65_HS1-834228961_62-HQ-83894_Section_6
Agency: FBI
Page 170
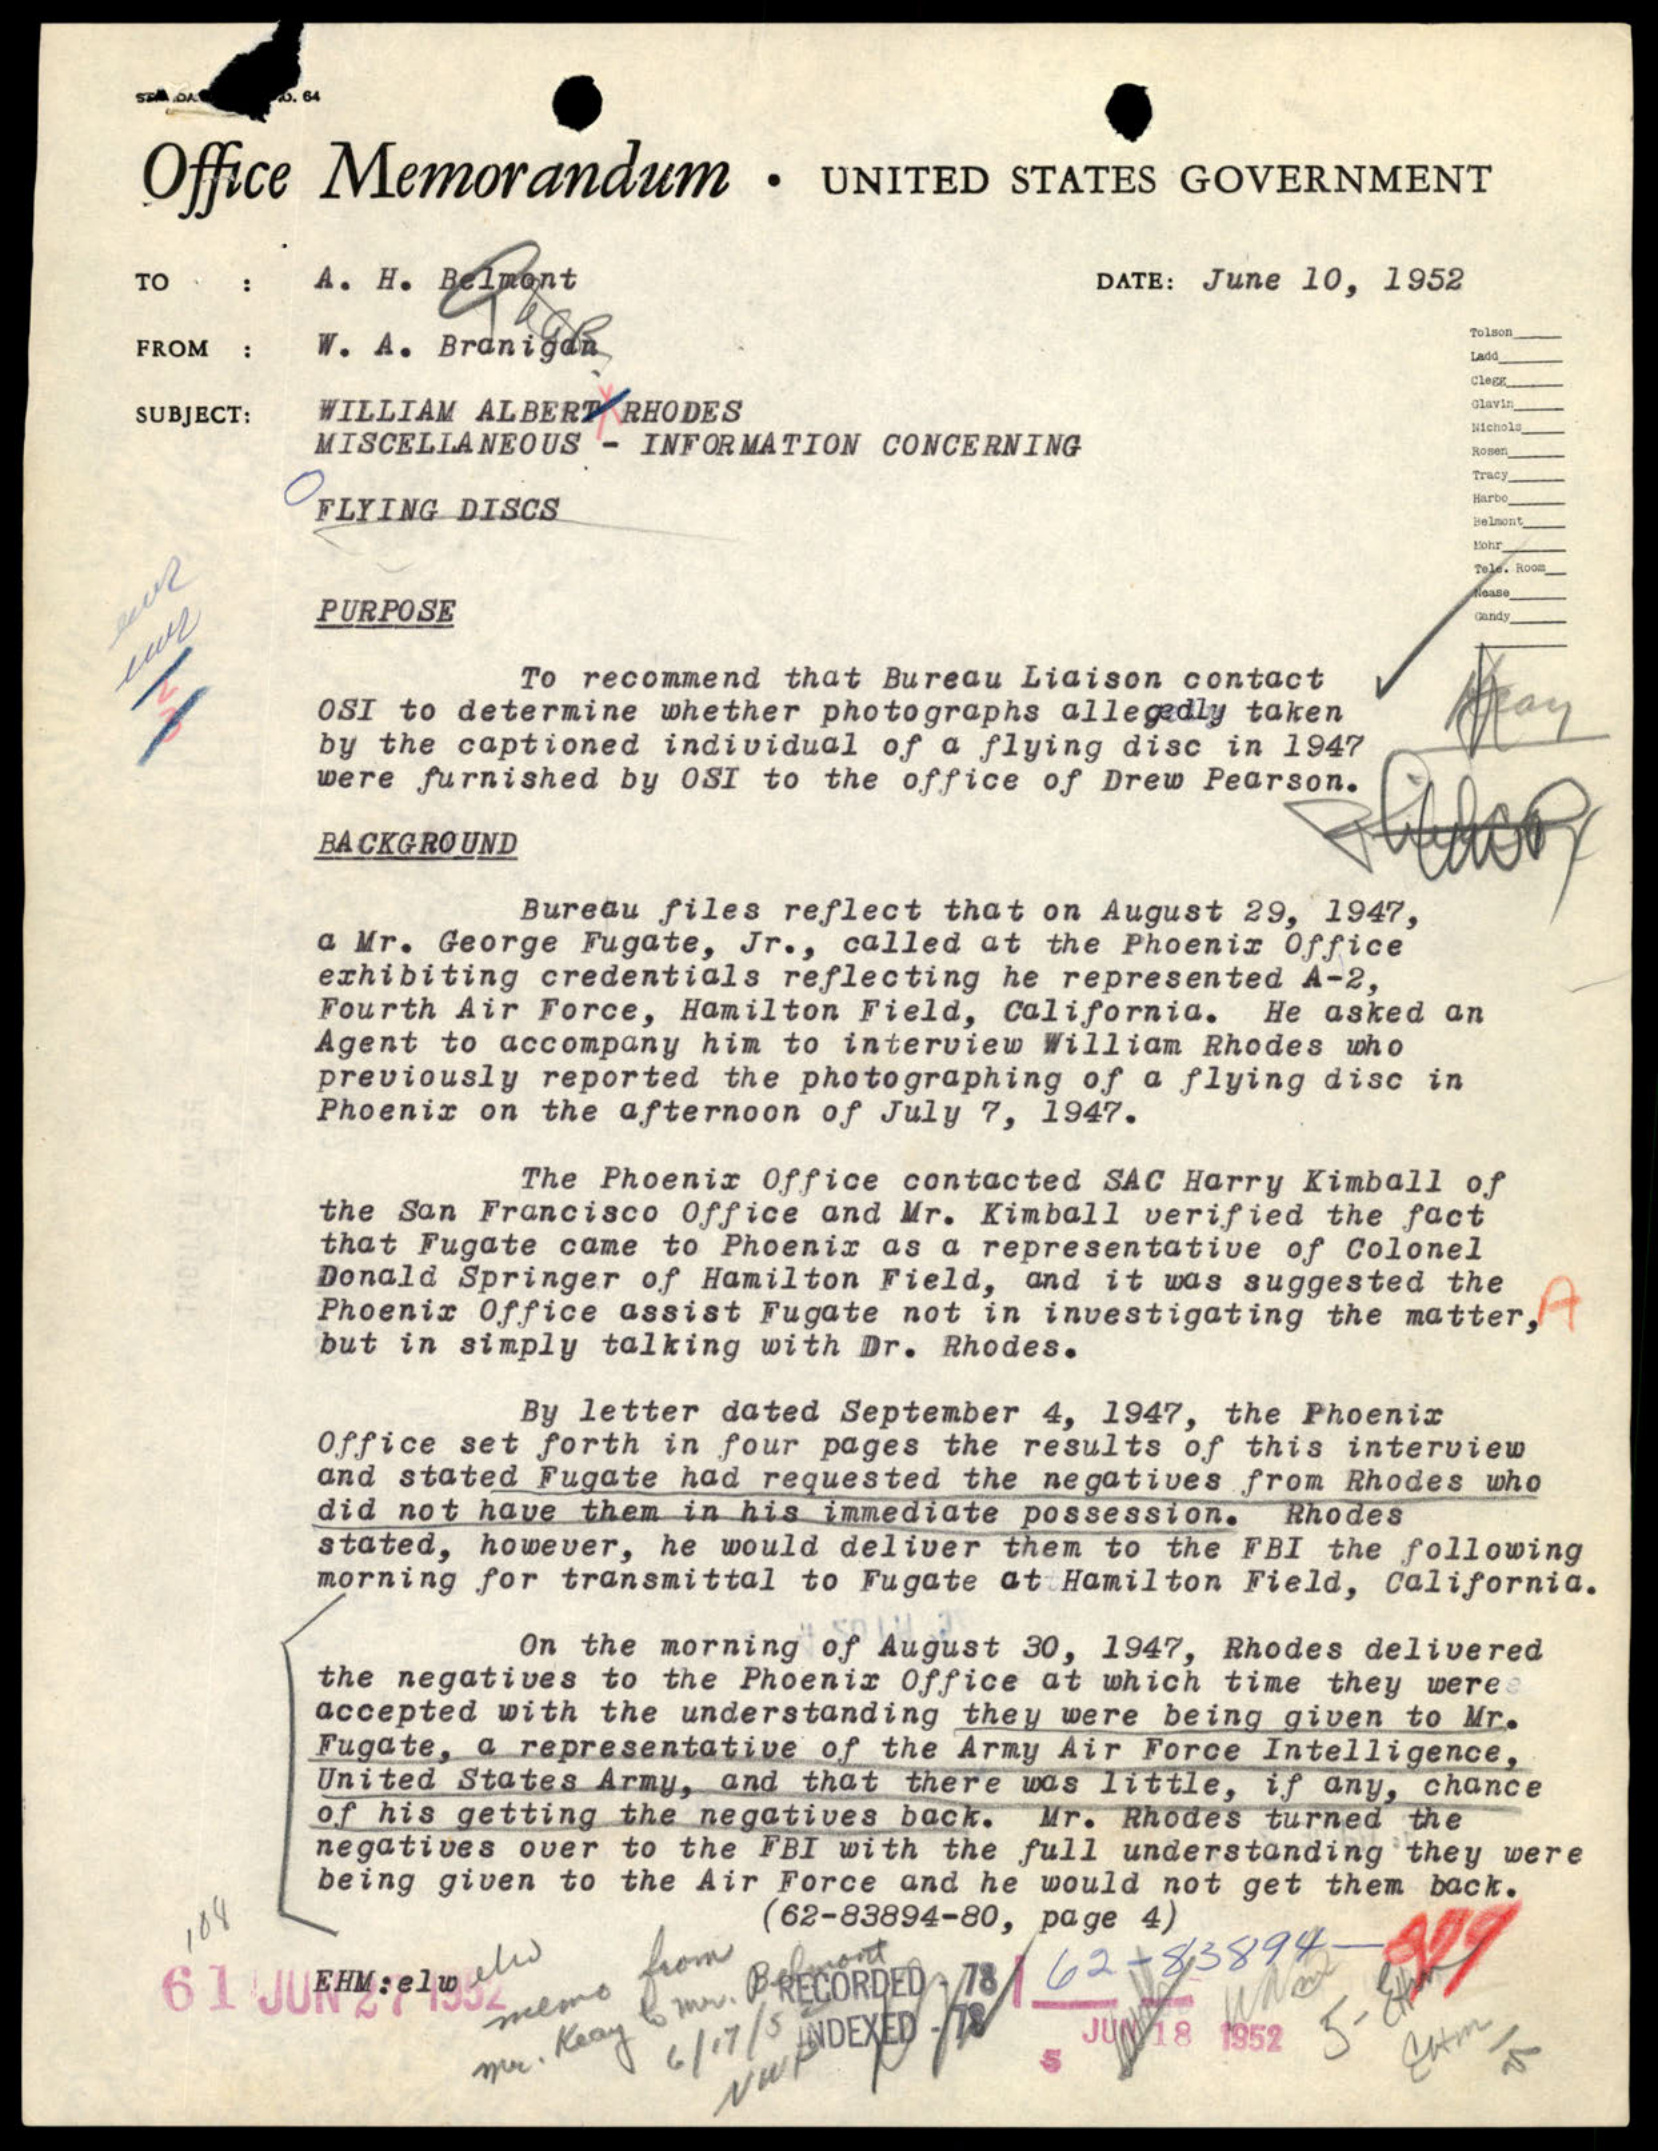